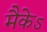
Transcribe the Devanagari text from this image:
मैकेऽ